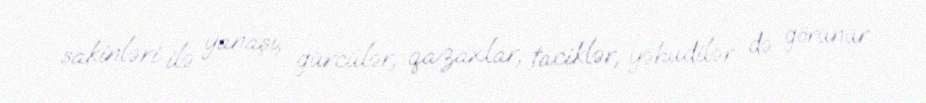
sakinləri ilə yanaşı, gürcülər, qazaxlar, taciklər, yəhudilər də görünür.